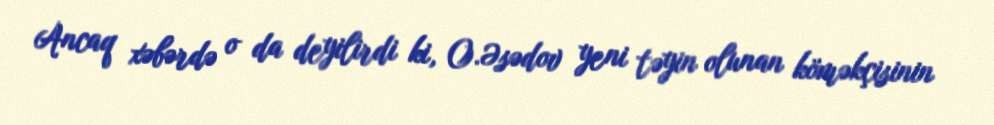
Ancaq xəbərdə o da deyilirdi ki, O.Əsədov yeni təyin olunan köməkçisinin